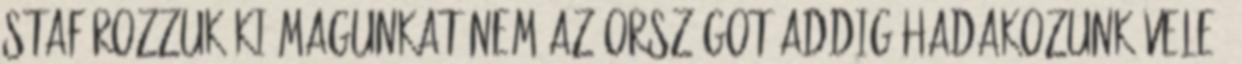
stafírozzuk ki magunkat NEM az országot addig hadakozunk vele,